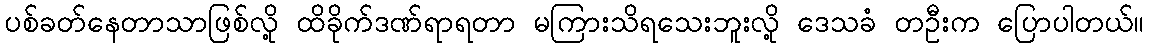
ပစ်ခတ်နေတာသာဖြစ်လို့ ထိခိုက်ဒဏ်ရာရတာ မကြားသိရသေးဘူးလို့ ဒေသခံ တဦးက ပြောပါတယ်။